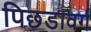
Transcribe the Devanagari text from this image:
पिछडावर्ग